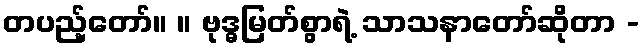
တပည့်တော်။ ။ ဗုဒ္ဓမြတ်စွာရဲ့ သာသနာတော်ဆိုတာ -